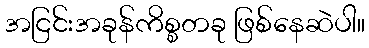
အငြင်းအခုန်ကိစ္စတခု ဖြစ်နေဆဲပါ။